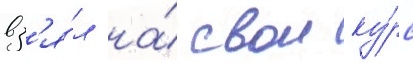
вз'я́л на́ свои ку́рс